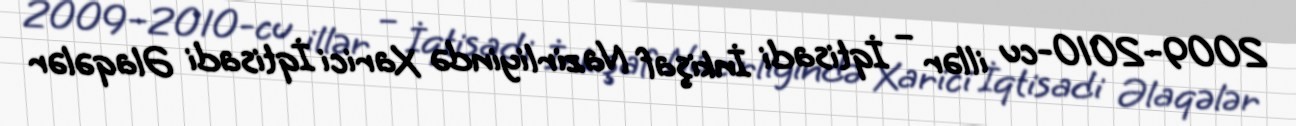
2009–2010-cu illər – İqtisadi İnkişaf Nazirliyində Xarici İqtisadi Əlaqələr